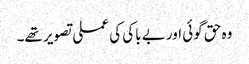
وہ حق گوئی اور بے باکی کی عملی تصویر تھے۔